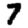
Digit: 7